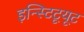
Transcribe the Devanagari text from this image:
इन्स्टिटूयूट